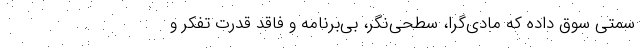
سمتی سوق داده که مادی‌گرا، سطحی‌نگر، بی‌برنامه و فاقد قدرت تفکر و